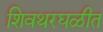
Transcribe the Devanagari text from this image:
शिवथरघळीत